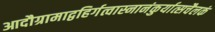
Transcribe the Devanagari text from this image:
आदौग्रामाद्वहिर्गत्वास्नानंकुर्यात्सचैलकं